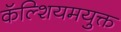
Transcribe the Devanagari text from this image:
कॅल्शियमयुक्त